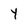
Character: Y